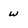
Character: w